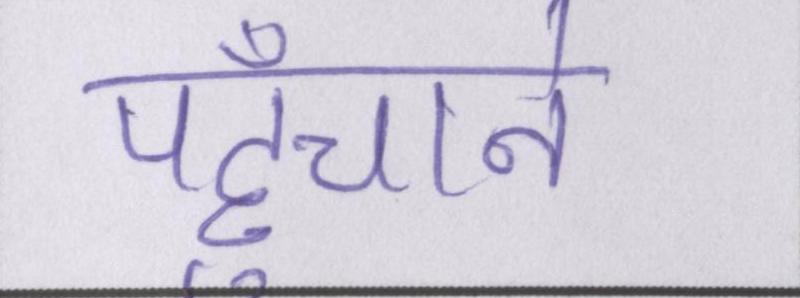
पहुँचाने